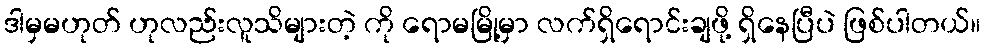
ဒါမှမဟုတ် ဟုလည်းလူသိများတဲ့ ကို ရောမမြို့မှာ လက်ရှိရောင်းချဖို့ ရှိနေပြီပဲ ဖြစ်ပါတယ်။